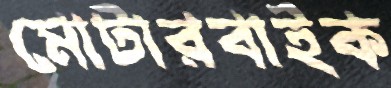
মোটারবাইক